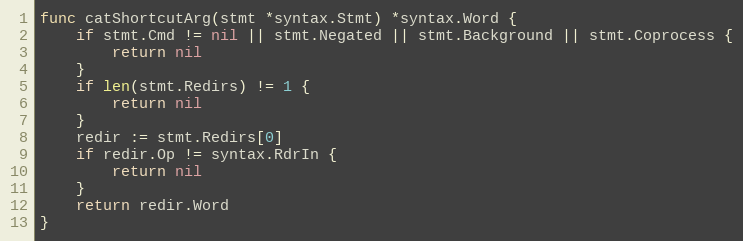
Language: Go
func catShortcutArg(stmt *syntax.Stmt) *syntax.Word {
	if stmt.Cmd != nil || stmt.Negated || stmt.Background || stmt.Coprocess {
		return nil
	}
	if len(stmt.Redirs) != 1 {
		return nil
	}
	redir := stmt.Redirs[0]
	if redir.Op != syntax.RdrIn {
		return nil
	}
	return redir.Word
}